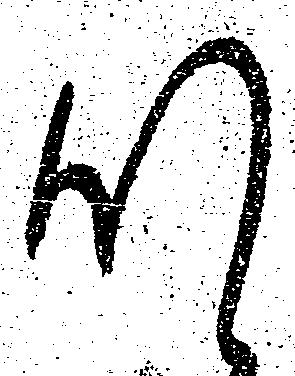
肝